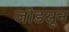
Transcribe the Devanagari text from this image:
जोडसून